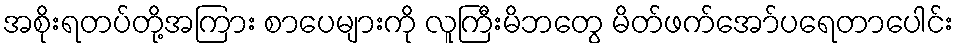
အစိုးရတပ်တို့အကြား စာပေများကို လူကြီးမိဘတွေ မိတ်ဖက်အော်ပရေတာပေါင်း